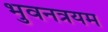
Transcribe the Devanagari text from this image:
भुवनत्रयम